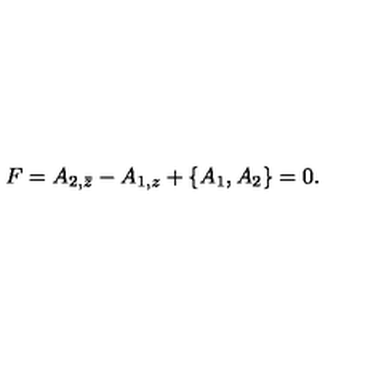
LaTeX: F = A _ { 2 , \bar { z } } - A _ { 1 , z } + \{ A _ { 1 } , A _ { 2 } \} = 0 .